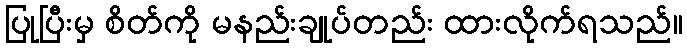
ပြုပြီးမှ စိတ်ကို မနည်းချုပ်တည်း ထားလိုက်ရသည်။